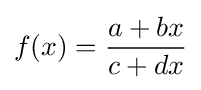
f(x)={\frac {a+bx}{c+dx}}